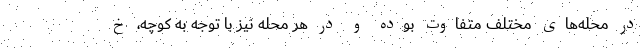
در محله‌های مختلف متفاوت بوده و در هر محله نیز با توجه به کوچه، خ